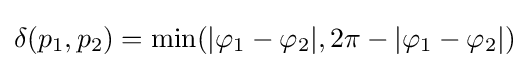
\delta (p_{1},p_{2})=\min(|\varphi _{1}-\varphi _{2}|,2\pi -|\varphi _{1}-\varphi _{2}|)